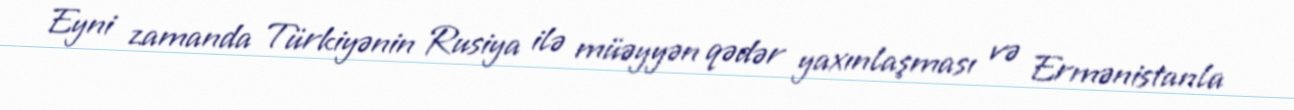
Eyni zamanda Türkiyənin Rusiya ilə müəyyən qədər yaxınlaşması və Ermənistanla